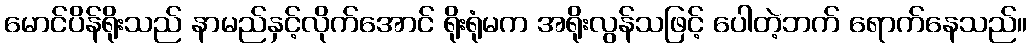
မောင်ပိန်ရိုးသည် နာမည်နှင့်လိုက်အောင် ရိုးရုံမက အရိုးလွန်သဖြင့် ပေါတဲ့ဘက် ရောက်နေသည်။